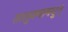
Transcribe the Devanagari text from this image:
तालुक्यामधुन्